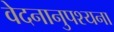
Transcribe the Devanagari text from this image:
वेदनानुपश्यना